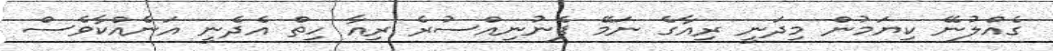
ގެއްލުނޭ ކިޔަމުން މިދަނީ ރިއާގެ ނަމޭ ފެނުނިއްސުރެ ރިއާ ހިތް އެދެނީ އަނެއްކާވެސް